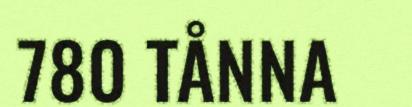
780 TÅNNA